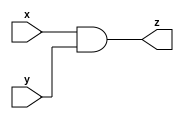
module example_ckt (z,x,y);
	input x,y;
	output z;
	assign z = x& y;
endmodule